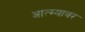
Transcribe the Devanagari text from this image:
आत्म्यावर